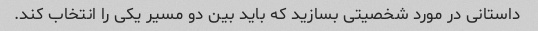
داستانی در مورد شخصیتی بسازید که باید بین دو مسیر یکی را انتخاب کند.